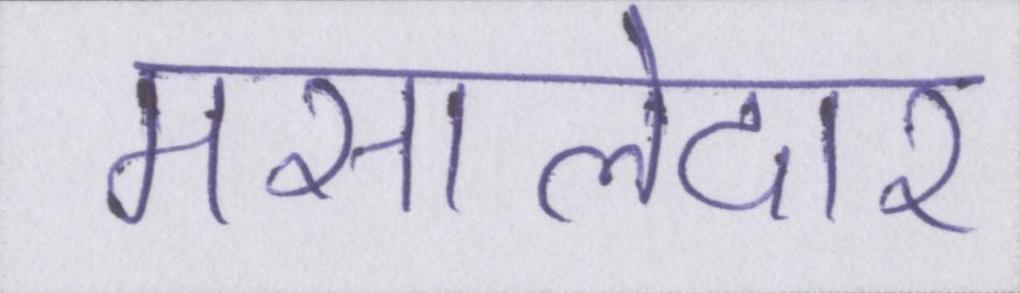
मसालेदार